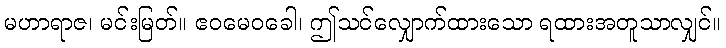
မဟာရာဇ၊ မင်းမြတ်။ ဧဝမေဝခေါ၊ ဤသင်လျှောက်ထားသော ရထားအတူသာလျှင်။